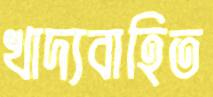
খাদ্যবাহিত